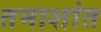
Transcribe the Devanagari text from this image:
तमाशांत